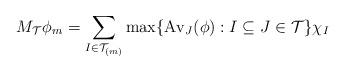
LaTeX: \begin{align*}M_{\mathcal{T}}\phi_{m}=\sum\limits_{I\in\mathcal{T}_{(m)}}\max\{\operatorname{Av}_{J}(\phi):I\subseteq J\in\mathcal{T}\}\chi_{I}\end{align*}